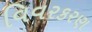
વિવરકરણ